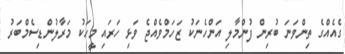
ގެއެއްގެ ތިންވަނަ ބުރިން ފުންމާލި އަންހެނަކު ޒަހަމްވެއްޖެ ވަޅި ހަރައި މީހަކު މަރާލުންޑިސެމްބަރު